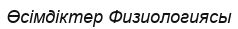
Өсімдіктер Физиологиясы